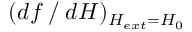
( d f ⁄ d H ) _ { H _ { e x t } = H _ { 0 } }